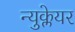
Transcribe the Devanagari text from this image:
न्युक्लेयर